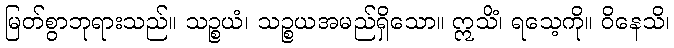
မြတ်စွာဘုရားသည်။ သဉ္စယံ၊ သဉ္စယအမည်ရှိသော။ ဣသိံ၊ ရသေ့ကို။ ဝိနေသိ၊